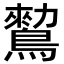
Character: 𪄪